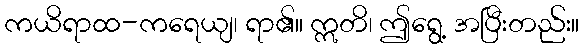
ကယိရာထ-ကရေယျ၊ ရာ၏။ ဣတိ၊ ဤရွေ့ အပြီးတည်း။